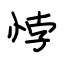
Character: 悖